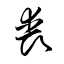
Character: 喪